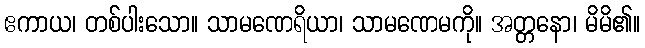
ဧကာယ၊ တစ်ပါးသော။ သာမဏေရိယာ၊ သာမဏေမကို။ အတ္တနော၊ မိမိ၏။